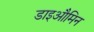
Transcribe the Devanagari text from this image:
डाइऔमिन